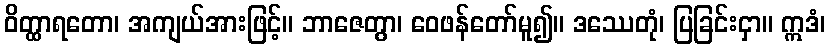
ဝိတ္ထာရတော၊ အကျယ်အားဖြင့်။ ဘာဇေတွာ၊ ဝေဖန်တော်မူ၍။ ဒဿေတုံ၊ ပြခြင်းငှာ။ ဣဒံ၊